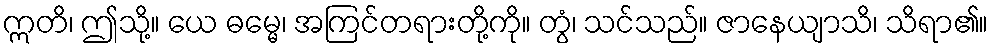
ဣတိ၊ ဤသို့။ ယေ ဓမ္မေ၊ အကြင်တရားတို့ကို။ တွံ၊ သင်သည်။ ဇာနေယျာသိ၊ သိရာ၏။